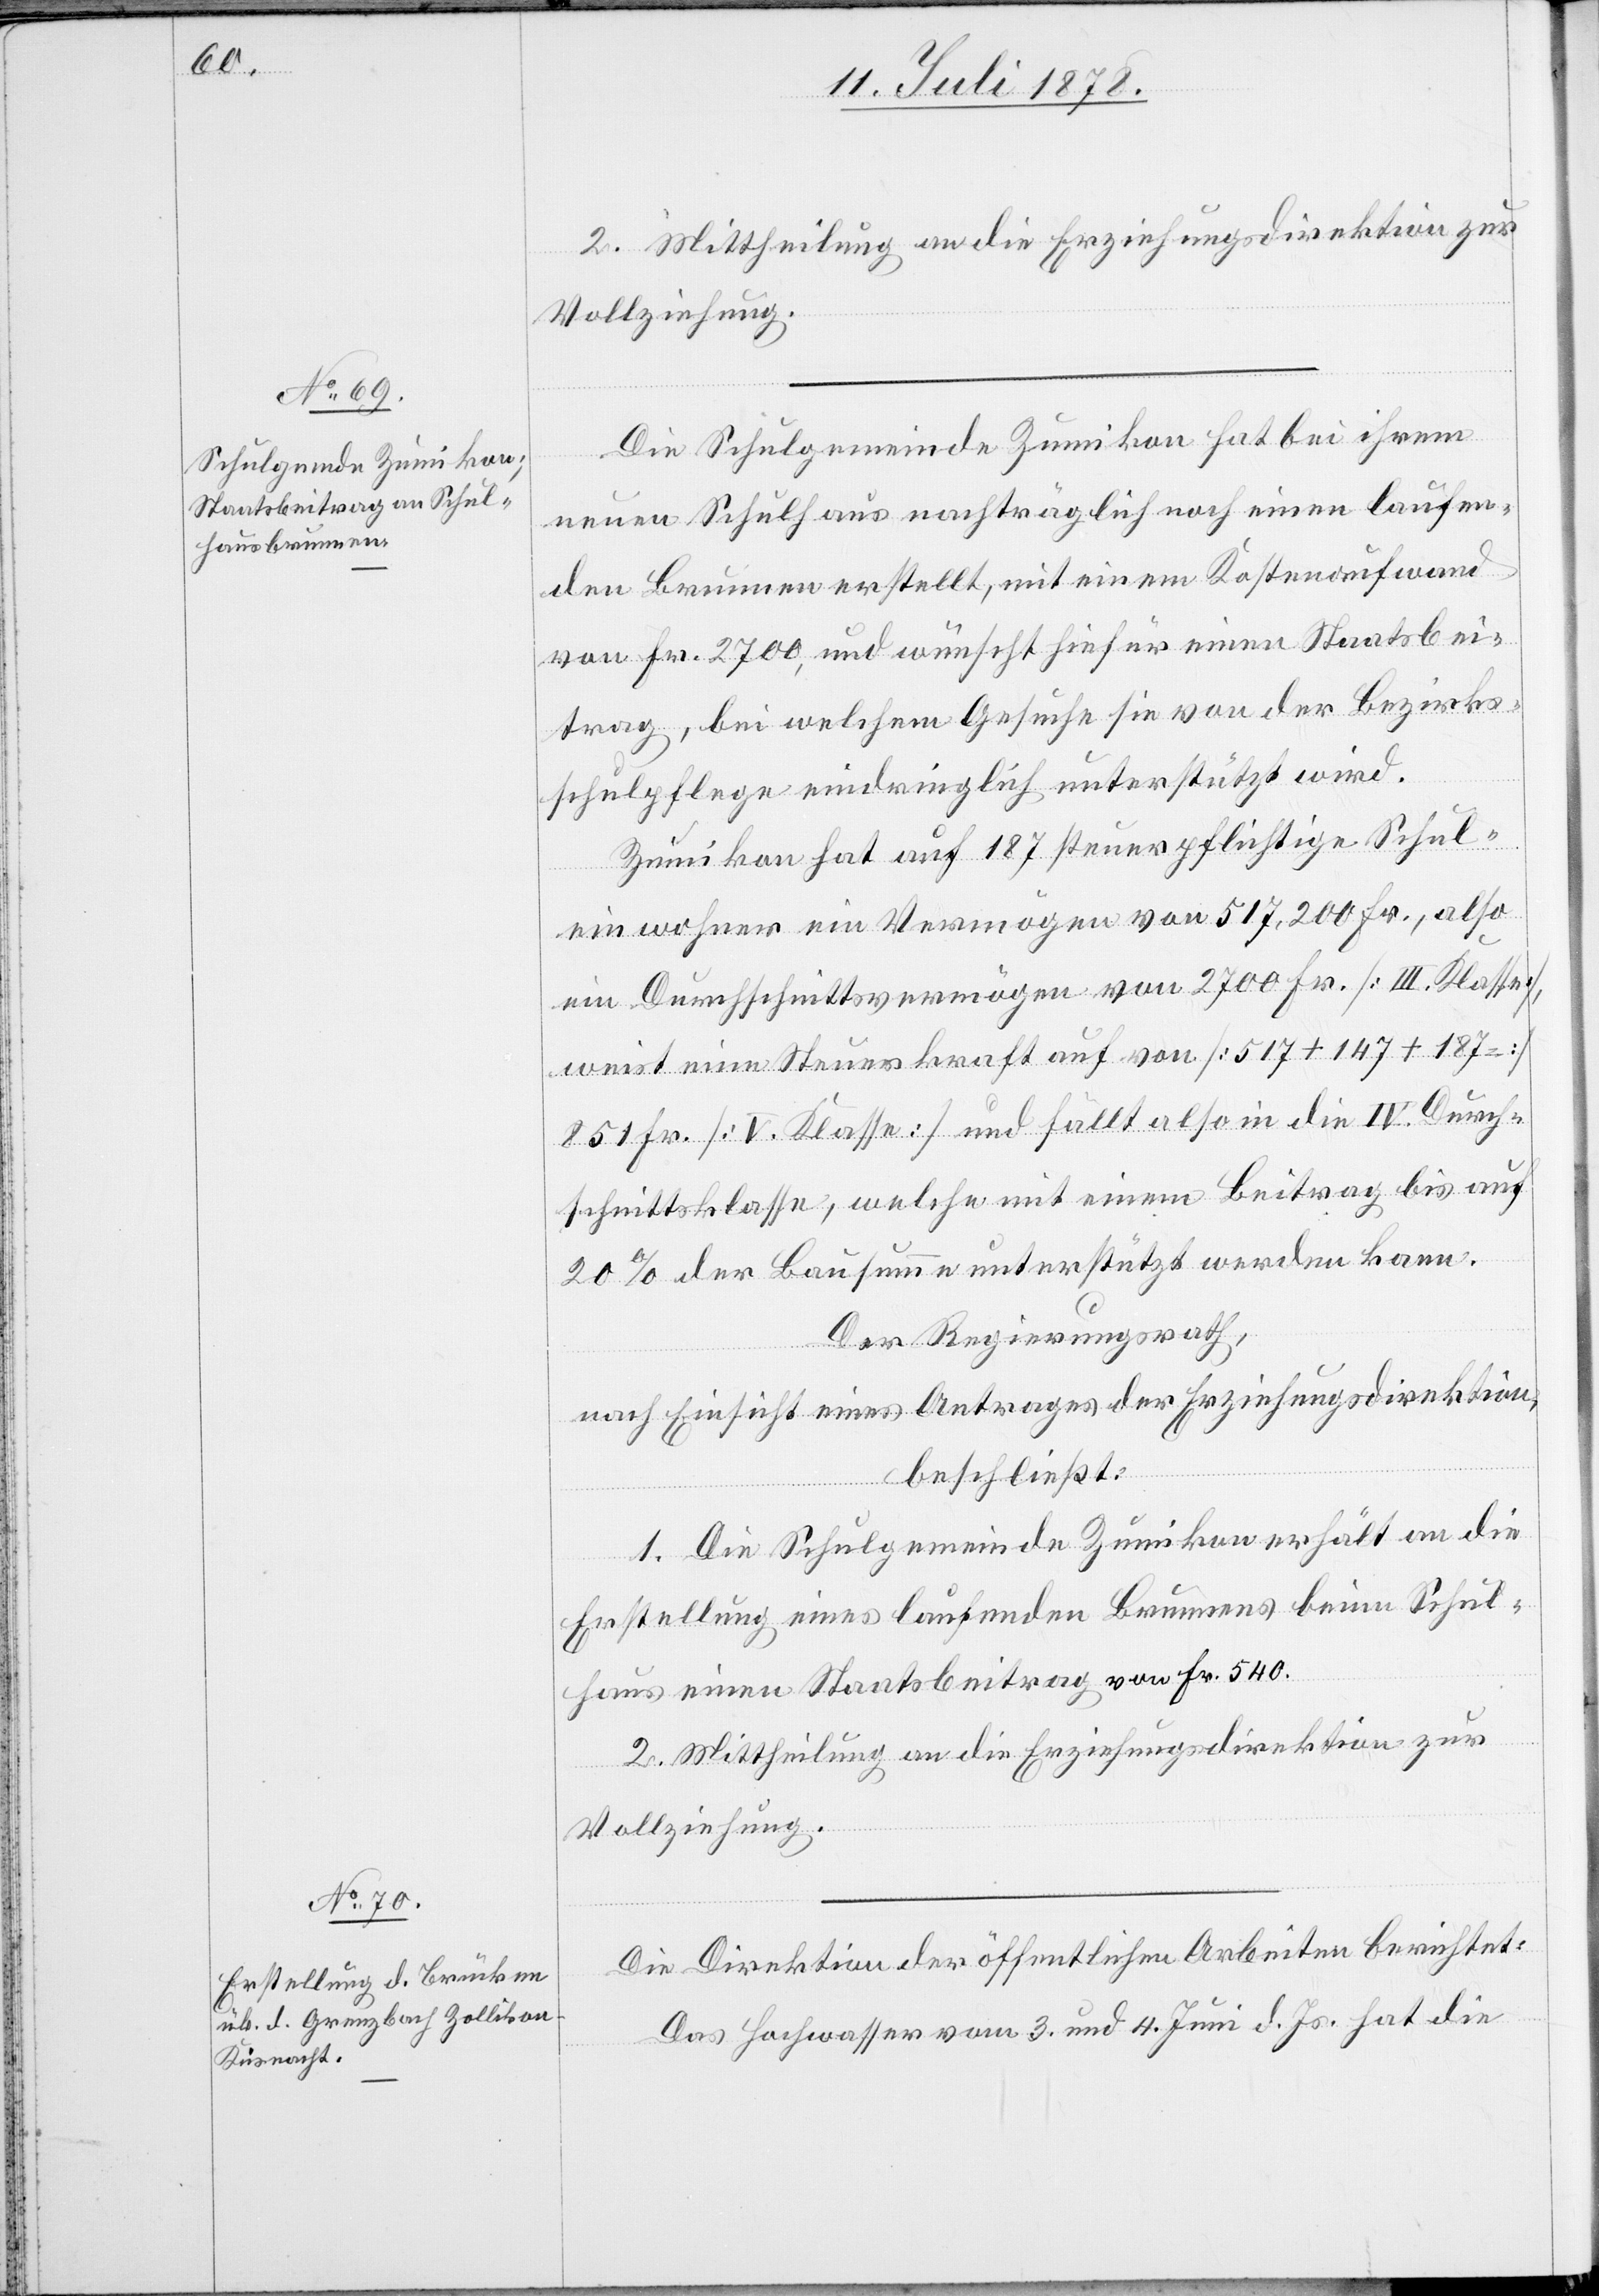
2. Mittheilung an die Erziehungsdirektion zur
Vollziehung.
Die Schulgemeinde Zumikon hat bei ihrem
neuen Schulhaus nachträglich noch einen laufen¬
den Brunnen erstellt, mit einem Kostenaufwand
von Fr. 2700, und wünscht hiefür einen Staatsbei¬
trag, bei welchem Gesuche sie von der Bezirks¬
schulpflege eindringlich unterstützt wird.
Zumikon hat auf 187 steuerpflichtige Schul¬
einwohner ein Vermögen von 517,200 Fr., also
ein Durchschnittsvermögen von 2700 Fr. [III. Klasse],
weist eine Steuerkraft auf von [517 + 147 187
851 Fr. [V. Klasse] und fällt also in die IV. Durch¬
schnittsklasse, welche mit einem Beitrag bis auf
20% der Bausumme unterstützt werden kann.
Der Regierungsrath,
nach Einsicht eines Antrages der Erziehungsdirektion,
beschließt;
1. Die Schulgemeinde Zumikon erhält an die
Erstellung eines laufenden Brunnens beim Schul¬
haus einen Staatsbeitrag von Fr. 540.
2. Mittheilung an die Erziehungsdirektion zur
Vollziehung.
Die Direktion der öffentlichen Arbeiten berichtet:
Das Hochwasser vom 3. und 4. Juni d. Js. hat die